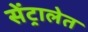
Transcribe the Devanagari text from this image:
सेंट्रालेत